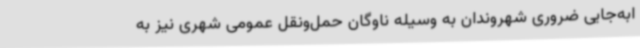
ابه‌جایی ضروری شهروندان به وسیله ناوگان حمل‌ونقل عمومی شهری نیز به